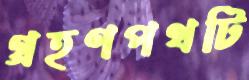
গ্রহণপথটি